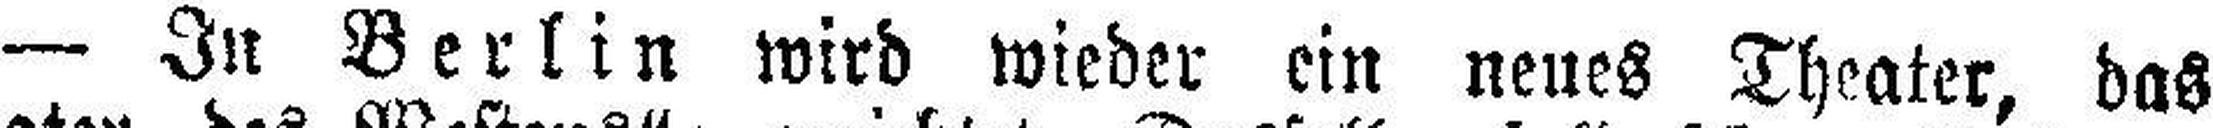
— In Berlin wird wieder ein neues Theater, das